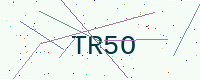
Text: TR5O